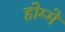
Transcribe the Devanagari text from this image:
होम्मे